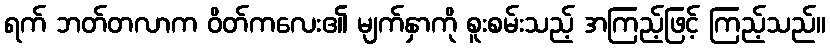
ရက် ဘတ်တလာက ဝိတ်ကလေး၏ မျက်နှာကို စူးစမ်းသည့် အကြည့်ဖြင့် ကြည့်သည်။